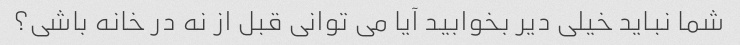
شما نباید خیلی دیر بخوابید آیا می توانی قبل از نه در خانه باشی؟